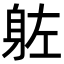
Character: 𮜰